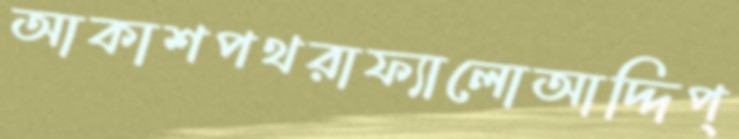
আকাশপথরাফ্যালোআদ্দিপ্